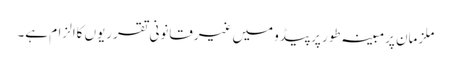
ملزمان پرمبینہ طور پرپیڈو میں غیرقانونی تقرریوں کاالزام ہے۔